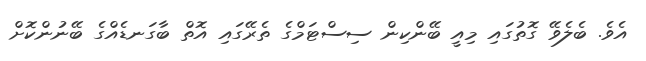
އެވެ. ބެލެވޭ ގޮތުގައި މިއީ ބޭންކިން ސިސްޓަމްގެ ތެރޭގައި އޮތް ބާގަނޑެއްގެ ބޭނުންކޮށް